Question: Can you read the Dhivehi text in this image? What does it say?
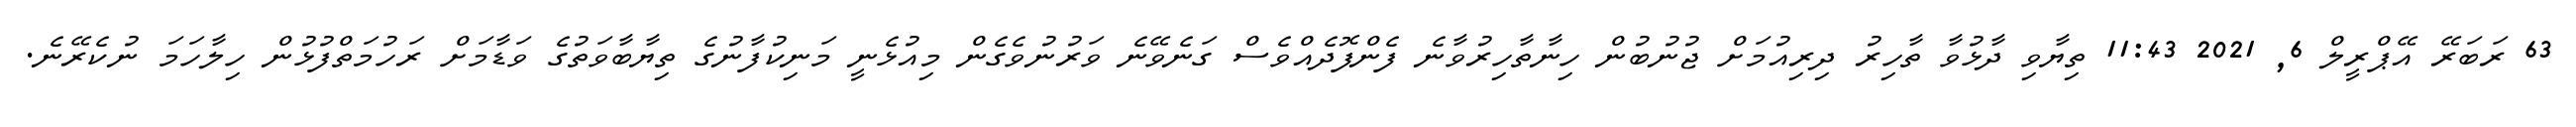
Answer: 63 ރަބަރޭ އޭޕްރީލް 6, 2021 11:43 ތިޔާވި ދާޅުވާ ތާހިރު ދިރިއުމަށް ޖުނުބުން ހިނާތާހިރުވާނެ ފެންފޮދެއްވެސް ގަނެވޭނެ ވަރުނުވެގެން މިއުޅެނީ މަނިކުފާނުގެ ތިޔާބާވަތުގެ ވަޑާމަށް ރަހުމަތްފުޅުން ހިލާހަމަ ނުކެރޭނެ.